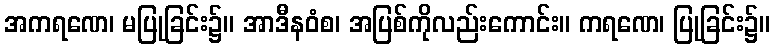
အကရဏေ၊ မပြုခြင်း၌။ အာဒီနဝံစ၊ အပြစ်ကိုလည်းကောင်း။ ကရဏေ၊ ပြုခြင်း၌။